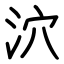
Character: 泬